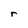
Character: r